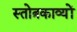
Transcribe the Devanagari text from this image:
स्तोत्रकाव्यों